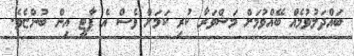
ބައްދަލުވުމެއް ބޭއްވުމަށް މަޝްވަރާ ކުރި ކަމަށް ވެސް އެ ޕާޓީ އިން ބުންޏެވެ.